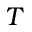
T